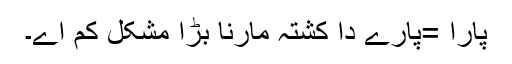
پارا =پارے دا کشتہ مارنا بڑا مشکل کم اے۔